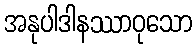
အနုပါဒါနဿာဝုသော